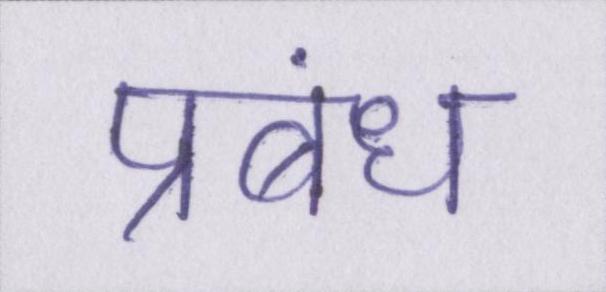
प्रबंध